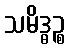
သမိဒ္ဓဉ္စ